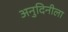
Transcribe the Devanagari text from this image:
अनुदिनीला